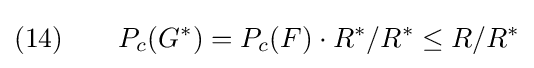
(14)\qquad P_{c}(G^{\ast })=P_{c}(F)\cdot R^{\ast }/R^{\ast }\leq R/R^{\ast }